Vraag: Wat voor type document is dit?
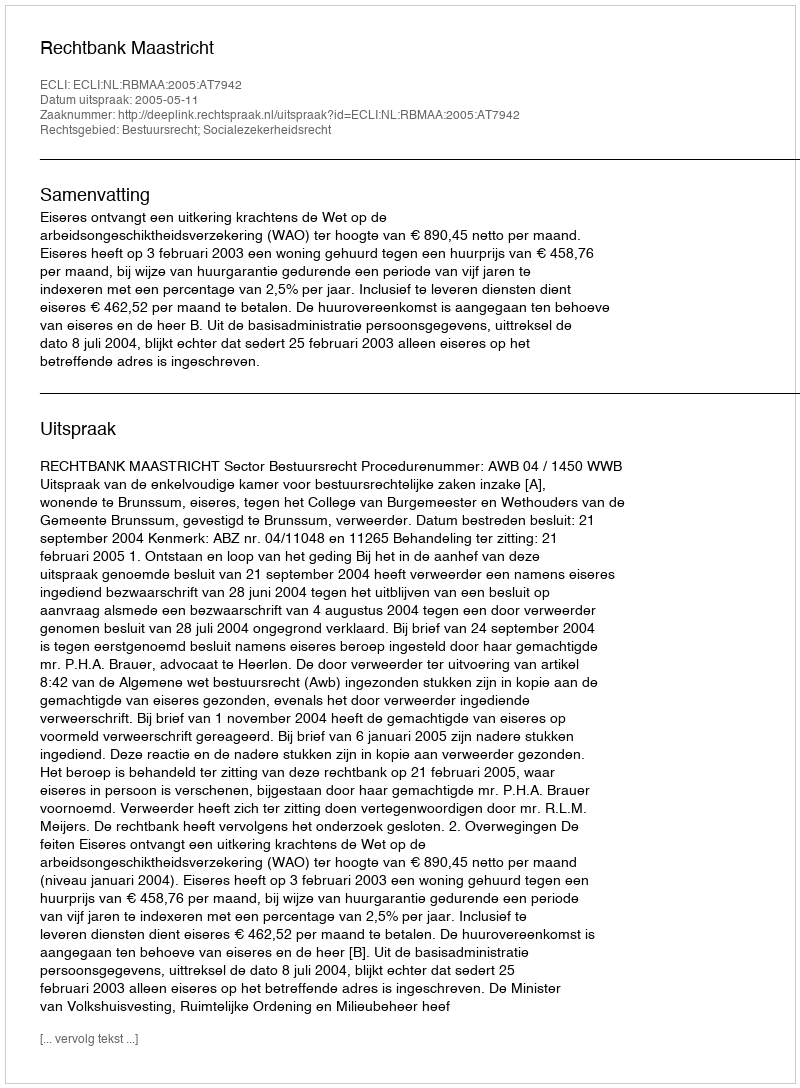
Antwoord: Uitspraak